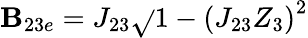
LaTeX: \mathbf{B}_{23e}=J_{23}\sqrt{}{{1-\left(J_{23}Z_{3}\right)^{2}}}